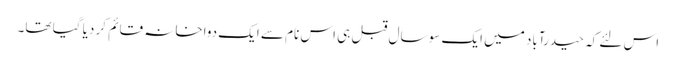
اس لئے کہ حیدرآباد میں ایک سو سال قبل ہی اس نام سے ایک دواخانہ قائم کر دیا گیا تھا۔